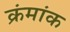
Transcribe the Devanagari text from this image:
क्रंमांक